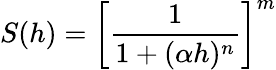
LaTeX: S(h)=\biggl[\frac{1}{1+(\alpha h)^{n}}\biggr]^{m}